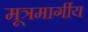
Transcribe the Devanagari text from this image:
मूत्रमार्गीय